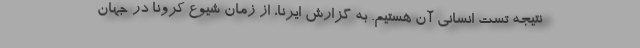
نتیجه تست انسانی آن هستیم. به گزارش ایرنا، از زمان شیوع کرونا در جهان